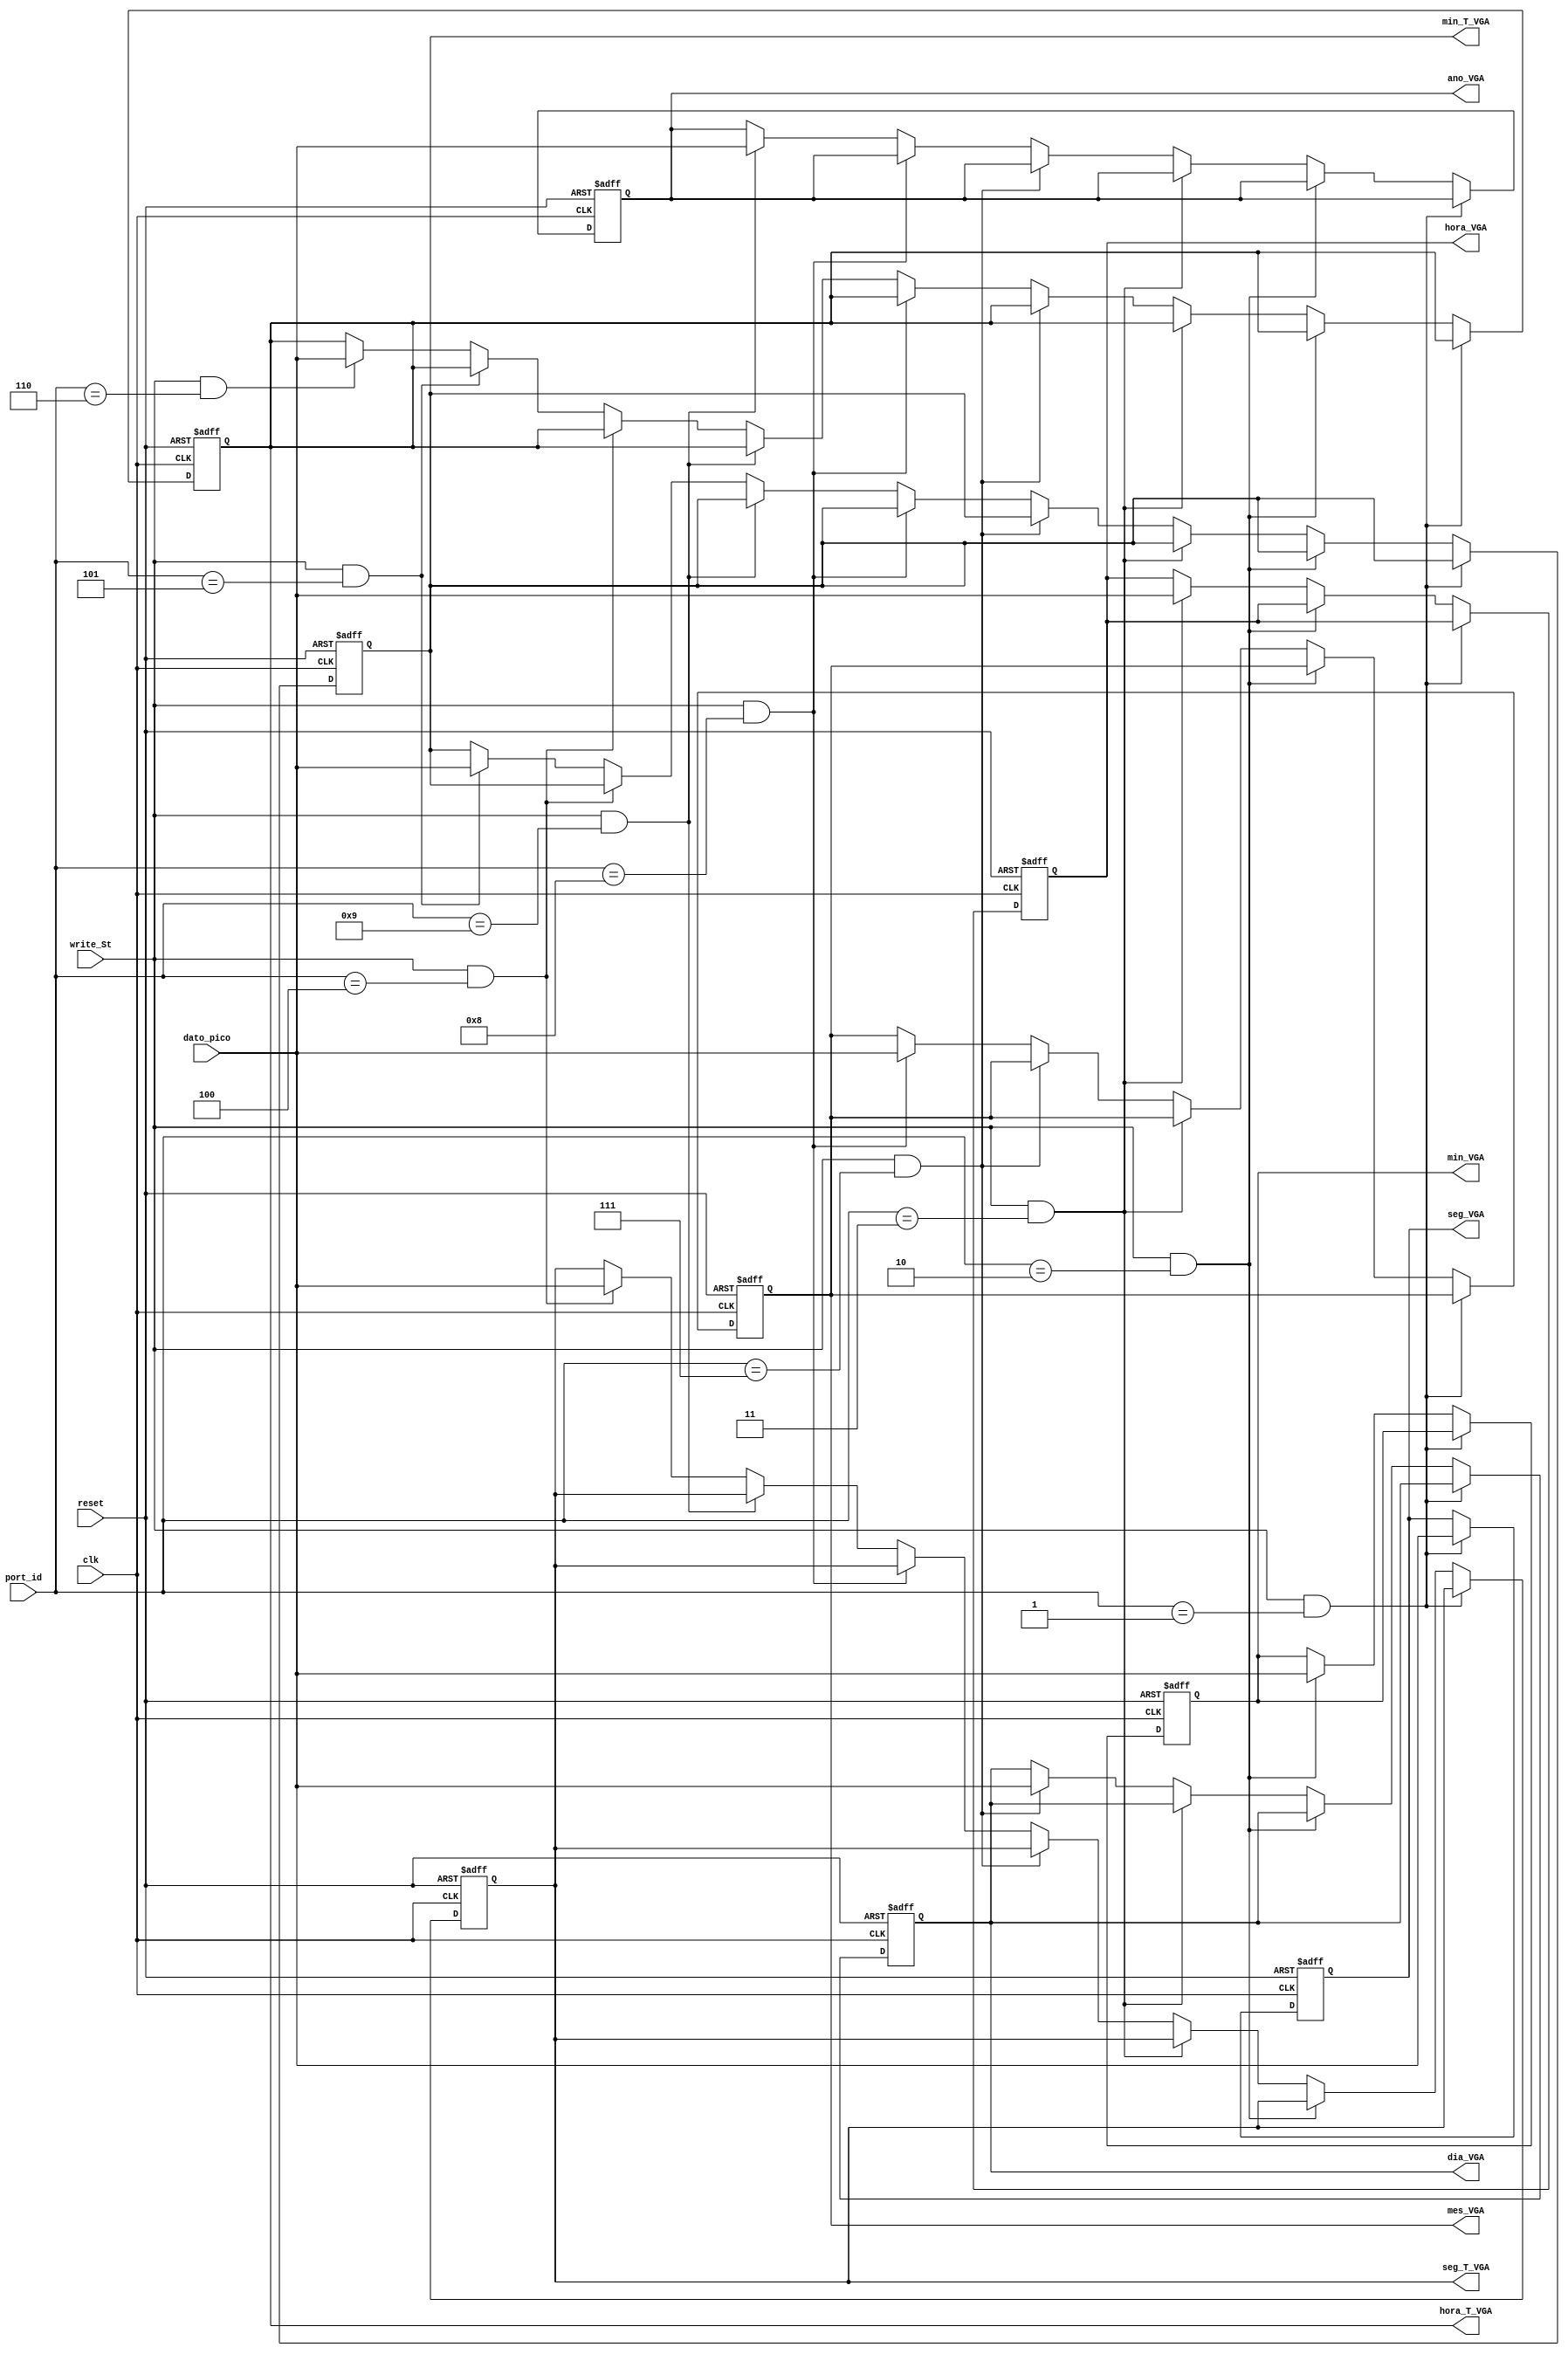
`timescale 1ns / 1ps
//////////////////////////////////////////////////////////////////////////////////
// Company: 
// Engineer: 
// 
// Design Name: 
// Module Name:    deco 
// Project Name: 
// Target Devices: 
// Tool versions: 
// Description: 
//
// Dependencies: 
//
// Revision: 
// Revision 0.01 - File Created
// Additional Comments: 
//
//////////////////////////////////////////////////////////////////////////////////

//////////// Deco que va al mux de la VGA/////////
module deco(
input wire clk,reset,	
input wire [7:0] dato_pico, 
input [7:0] port_id,
input write_St,
output wire [7:0] seg_VGA, min_VGA, hora_VGA, dia_VGA, mes_VGA, ano_VGA,  // salidas que van para el modulo de VGA
seg_T_VGA, min_T_VGA, hora_T_VGA	
    );
	 
reg [7:0] seg_VGA_reg, min_VGA_reg, hora_VGA_reg, dia_VGA_reg, mes_VGA_reg, ano_VGA_reg,
seg_T_VGA_reg, min_T_VGA_reg, hora_T_VGA_reg;	
reg [7:0] seg_VGA_next, min_VGA_next, hora_VGA_next, dia_VGA_next, mes_VGA_next, ano_VGA_next,
seg_T_VGA_next, min_T_VGA_next, hora_T_VGA_next;	



always @(posedge clk, posedge reset) begin
 
	if (reset) begin
		seg_VGA_reg <= 8'b0;
		min_VGA_reg <= 8'b0;
		hora_VGA_reg <= 8'b0;
		dia_VGA_reg <= 8'b0;
		mes_VGA_reg <= 8'b0;
		ano_VGA_reg <= 8'b0;
		seg_T_VGA_reg <= 8'b0;
		min_T_VGA_reg <= 8'b0;
		hora_T_VGA_reg <= 8'b0;
		end
	else begin
		seg_VGA_reg <= seg_VGA_next;
		min_VGA_reg <= min_VGA_next;
		hora_VGA_reg <= hora_VGA_next;
		dia_VGA_reg <= dia_VGA_next;
		mes_VGA_reg <= mes_VGA_next;
		ano_VGA_reg <= ano_VGA_next;
		seg_T_VGA_reg <= seg_T_VGA_next;
		min_T_VGA_reg <= min_T_VGA_next;
		hora_T_VGA_reg <= hora_T_VGA_next;
		end
	end	
		
always @* begin	
		seg_VGA_next = seg_VGA_reg;
		min_VGA_next = min_VGA_reg;
		hora_VGA_next = hora_VGA_reg;
		dia_VGA_next = dia_VGA_reg;
		mes_VGA_next = mes_VGA_reg;
		ano_VGA_next = ano_VGA_reg;
		seg_T_VGA_next = seg_T_VGA_reg;
		min_T_VGA_next = min_T_VGA_reg;
		hora_T_VGA_next = hora_T_VGA_reg;
		
	
	if (write_St== 1 && port_id == 8'b00000001)
		seg_VGA_next = dato_pico;
	else if (write_St==1 && port_id == 8'b00000010)
		min_VGA_next = dato_pico;
	else if (write_St==1 && port_id == 8'b00000011)
		hora_VGA_next = dato_pico;
	else if (write_St==1 && port_id == 8'b00000111)
		dia_VGA_next = dato_pico;
	else if (write_St==1 && port_id == 8'b00001000)
		mes_VGA_next = dato_pico;
	else if (write_St==1 && port_id == 8'b00001001)
		ano_VGA_next = dato_pico;
	else if (write_St==1 && port_id == 8'b00000100)
		seg_T_VGA_next = dato_pico;
	else if (write_St==1 && port_id == 8'b00000101)
		min_T_VGA_next = dato_pico;
	else if (write_St==1 && port_id == 8'b00000110)
		hora_T_VGA_next = dato_pico;
	else begin
		seg_VGA_next = seg_VGA_reg;
		min_VGA_next = min_VGA_reg;
		hora_VGA_next = hora_VGA_reg;
		dia_VGA_next = dia_VGA_reg;
		mes_VGA_next = mes_VGA_reg;
		ano_VGA_next = ano_VGA_reg;
		seg_T_VGA_next = seg_T_VGA_reg;
		min_T_VGA_next = min_T_VGA_reg;
		hora_T_VGA_next = hora_T_VGA_reg;
		
		end end
		
assign seg_VGA = seg_VGA_reg;
assign min_VGA = min_VGA_reg;
assign hora_VGA = hora_VGA_reg;
assign dia_VGA = dia_VGA_reg;
assign mes_VGA = mes_VGA_reg;
assign ano_VGA = ano_VGA_reg;
assign seg_T_VGA = seg_T_VGA_reg;
assign min_T_VGA = min_T_VGA_reg;
assign hora_T_VGA = hora_T_VGA_reg;
	
endmodule